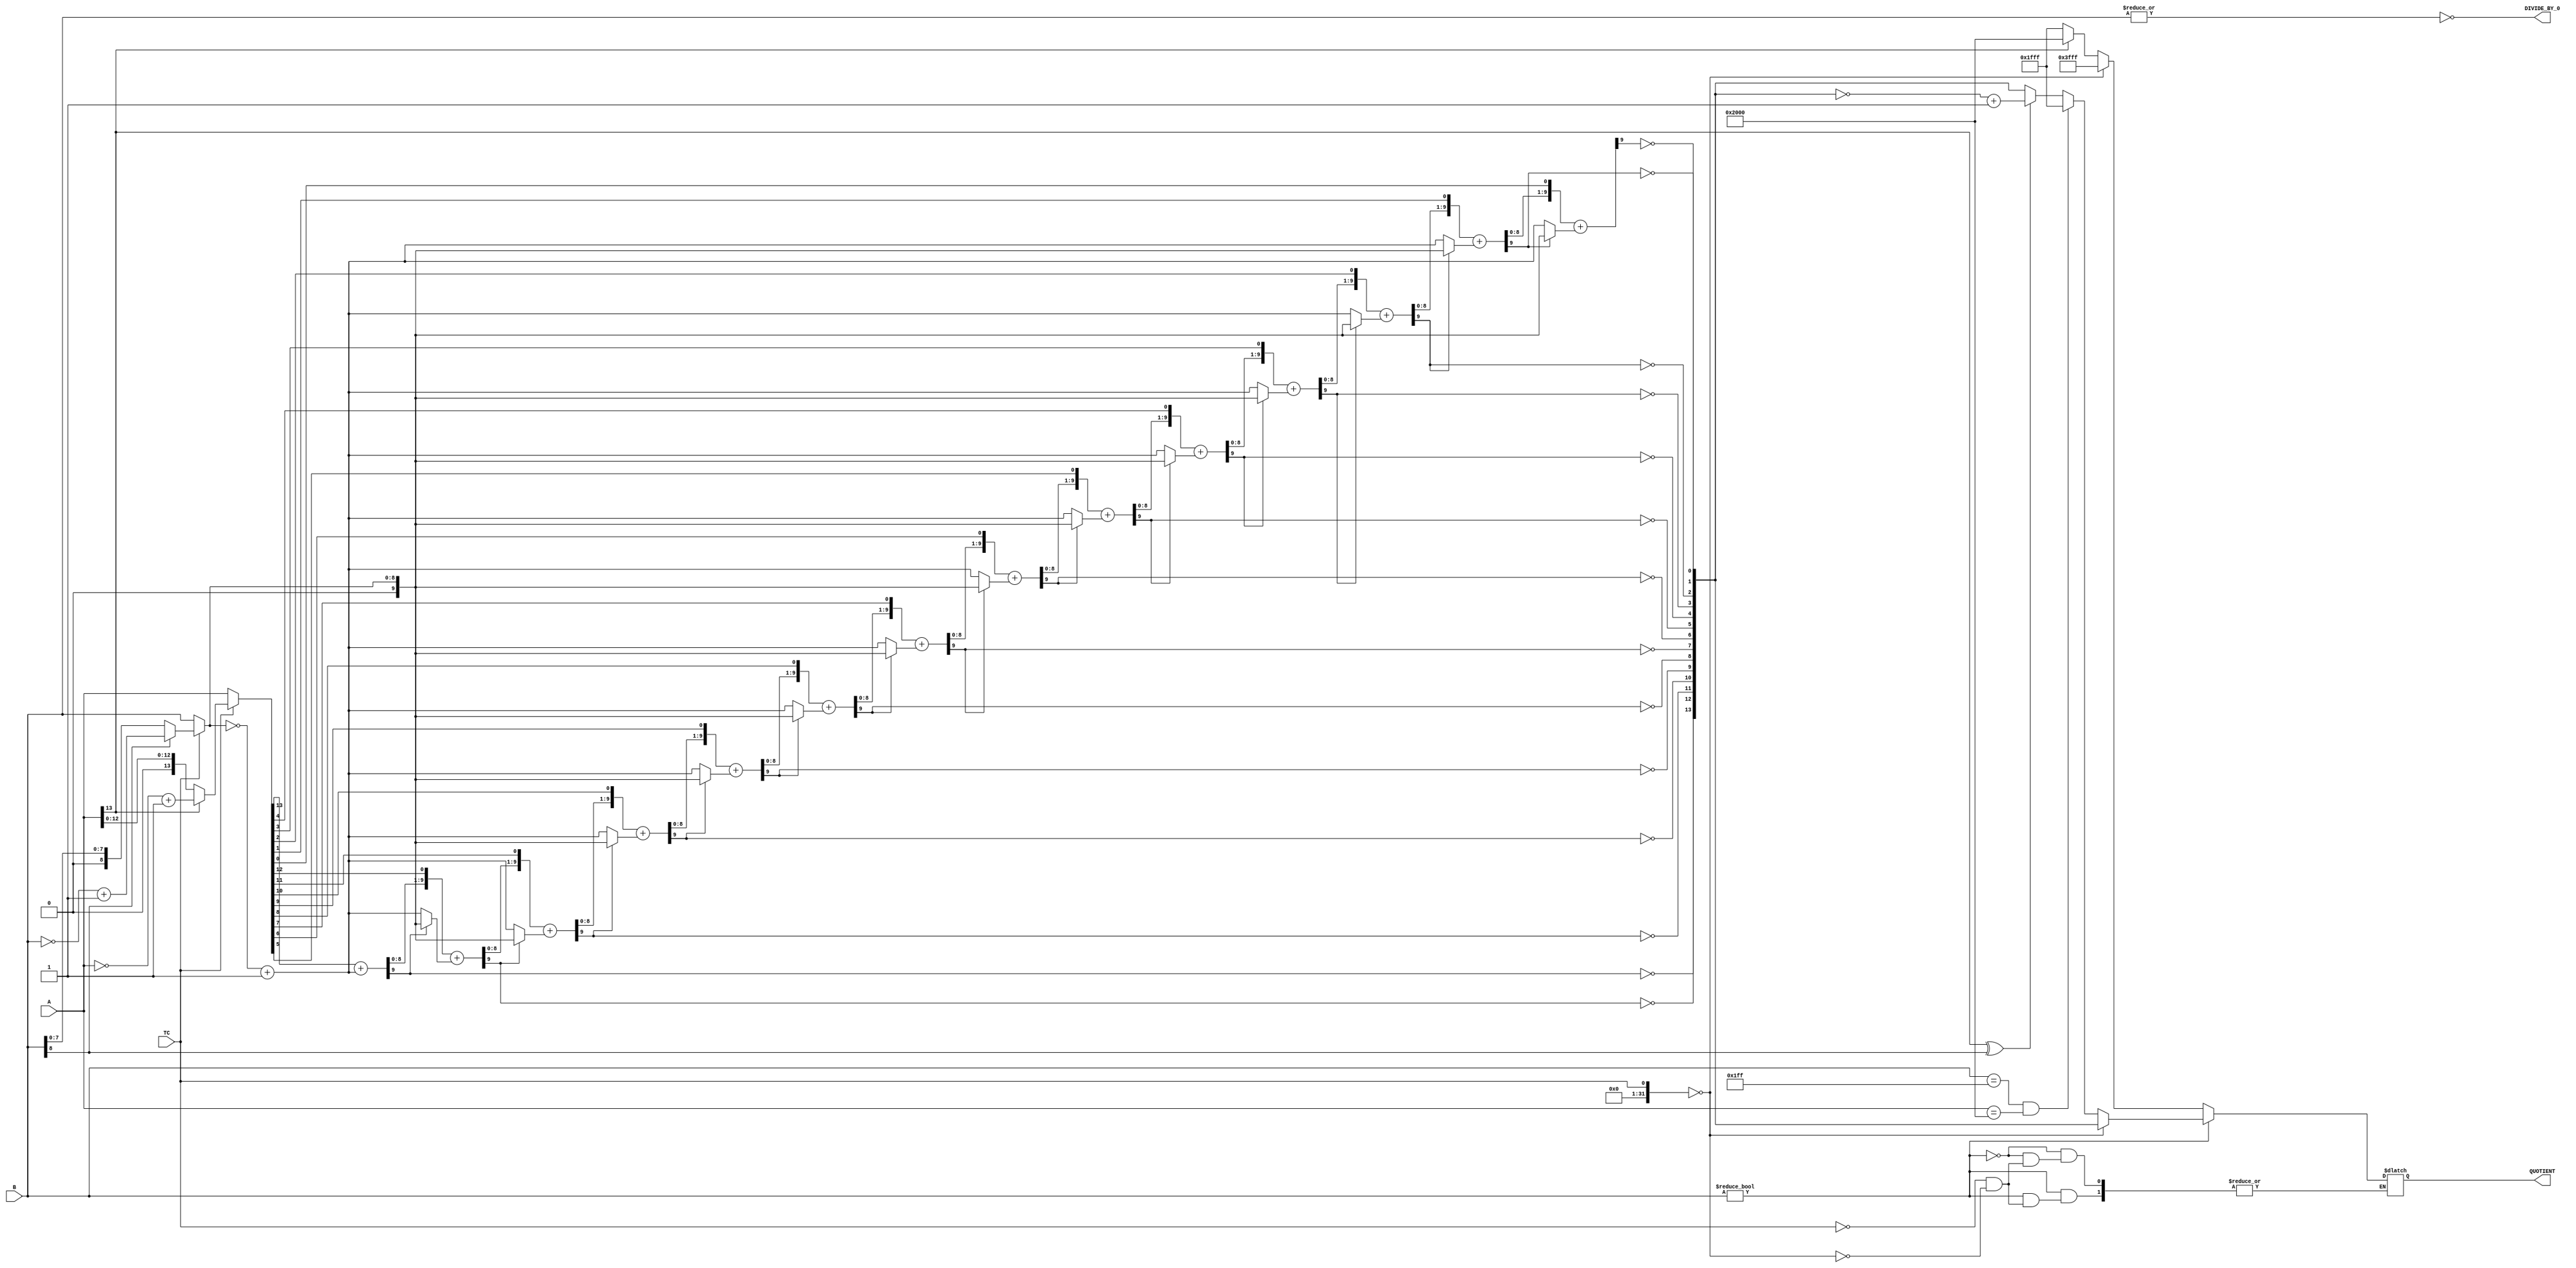

//--------------------------------------------------------------------------------------------------
//
// Title       : DW02_divide.v
// Design      : DW02_divide


//
//-------------------------------------------------------------------------------------------------
// Description :  DW02_divide is a combinational integer divider with quotient as output. 
// This component divides the dividend a by the divisor b to produce the quotient.
//
//-------------------------------------------------------------------------------------------------
`timescale 1ns / 10ps

module DW02_divide ( A, B, TC, QUOTIENT, DIVIDE_BY_0 )/* synthesis syn_builtin_du = "weak" */;
parameter A_width = 14;
parameter B_width = 9;
parameter TC_mode = 1;

input [A_width - 1 : 0 ]   A;	
input                      TC;
input [B_width - 1: 0 ]    B;

output [A_width - 1 : 0 ]  QUOTIENT ;  
output                     DIVIDE_BY_0;

wire  [A_width - 1 : 0 ]   A;
wire [B_width - 1: 0 ]     B;
reg [A_width - 1 : 0 ]     QUOTIENT ;

wire  [A_width - 1 : 0 ]   param1;
wire [B_width - 1: 0 ]     param2;
wire [A_width - 1 : 0 ]    quotient;
wire [A_width - 1 : 0 ]    quotient_2s;
wire [A_width - 1 : 0 ]    temp;

//Output assignment
assign DIVIDE_BY_0 = ~|B;

//Internal signal assignment
assign param1 = ( TC & TC_mode )? ( A[A_width -1] ? (~A + 1'b1) : A ) : A; 
assign param2 = ( TC & TC_mode ) ? ( B[B_width -1] ? (~B + 1'b1) : B ) : B; 

`ifdef _synplify_asic_
     assign quotient = param1/param2;
`else 
	assign quotient =  div ( param1, param2 ); 	  

/* Function to get the quotient. Shift/subtract non-restoring algorithm is implemented*/
function [ A_width - 1 : 0 ] div;
input [A_width - 1 : 0 ] a;
input [B_width - 1: 0 ] b;

reg [B_width : 0 ] sum;//width = B_width + 1
reg [A_width - 1 : 0 ] dividend;
reg [B_width : 0 ] temp_b;
integer i;

begin		
	sum = {B_width + 1{1'b0}};
	dividend = a;
	sum[0] = a[A_width - 1]; //MSB
	dividend = dividend << 1'b1;	 	  
	temp_b = ~b + 1'b1;
   	sum = sum + temp_b;
	dividend[0] = ~sum[B_width];
	// synthesis loop_limit 2000  
	for ( i = 0; i < A_width - 1'b1; i = i + 1'b1 )
		begin
			if ( sum[B_width] )// 1 = -ve, 0 = +ve
				begin
					temp_b = b;
				end
			else
				begin
				    temp_b = ~b + 1'b1;
				end
            {sum,dividend} = {sum,dividend} << 1'b1;
            sum = sum + temp_b;
			dividend[0] = ~sum[B_width];
		end
	
	div = dividend ;	
end

endfunction	

`endif 

assign quotient_2s = ~quotient + 1'b1;
assign temp = (A[A_width -1] ^ B[B_width - 1]) ?
                                {1'b1,quotient_2s} : {1'b0,quotient};
							
//Output assignment								
always @( A or B or TC or temp or quotient )
	begin
		if ( B )
		begin
			case ( TC & TC_mode )
				1'b1 : if ( (B == { B_width {1'b1}}) && ( A == {1'b1,{A_width - 1 {1'b0}}} ) ) //-A(max)/-1 = +A(max)
					      QUOTIENT = {1'b0, {(A_width - 1) {1'b1}}};
					   else
						  QUOTIENT = temp;  
					      
				1'b0 : 	QUOTIENT = quotient;		
			endcase				
		 
		end	
		else
			begin 
				/* In the SIGNED case, if A is +ve, the max. +ve value is given as the Quotient.
					                   if A is -ve, the max. -ve value is given as the Quotient.
				   In the UNSIGNED case, a binary ALL 1s is given as the Quotient
					
					Max and Min values
					For a signed BYTE ( MSB:sign, 7-bits:magnitude )
						Smallest +ve:0000 0000
						largest +ve :0111 1111 = 127
						largest -ve :1111 1111 = -1
						smallest -ve:1000 0000 = -128
					   */	   
				case ( TC & TC_mode )
					1'b1 : QUOTIENT = A[A_width - 1] ?  {1'b1,{(A_width - 1){1'b0}}} : {1'b0, { (A_width - 1) {1'b1}}};
					1'b0 : QUOTIENT = {A_width{1'b1}}; 					  
				endcase
			end
	end					 

endmodule